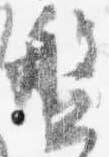
盤